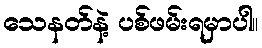
သေနတ်နဲ့ ပစ်ဖမ်းရမှာပါ။